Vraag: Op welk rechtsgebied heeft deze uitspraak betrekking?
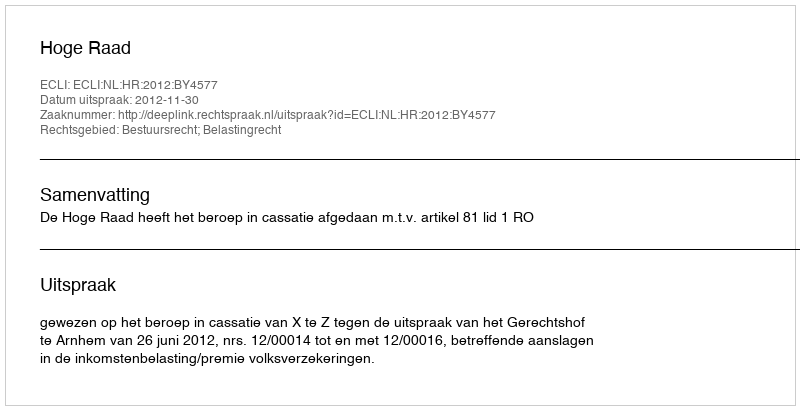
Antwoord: Bestuursrecht; Belastingrecht